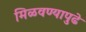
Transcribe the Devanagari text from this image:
मिळवण्यापुढे